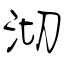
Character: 沏